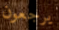
يرجعون